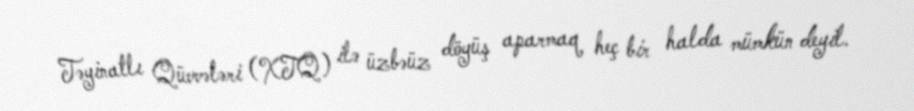
Təyinatlı Qüvvələri (XTQ) ilə üzbəüz döyüş aparmaq heç bir halda mümkün deyil.